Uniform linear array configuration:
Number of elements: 4
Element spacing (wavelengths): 0.75
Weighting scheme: blackman
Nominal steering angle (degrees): -45
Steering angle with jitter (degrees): -46.493
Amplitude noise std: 0.05
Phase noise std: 0.05

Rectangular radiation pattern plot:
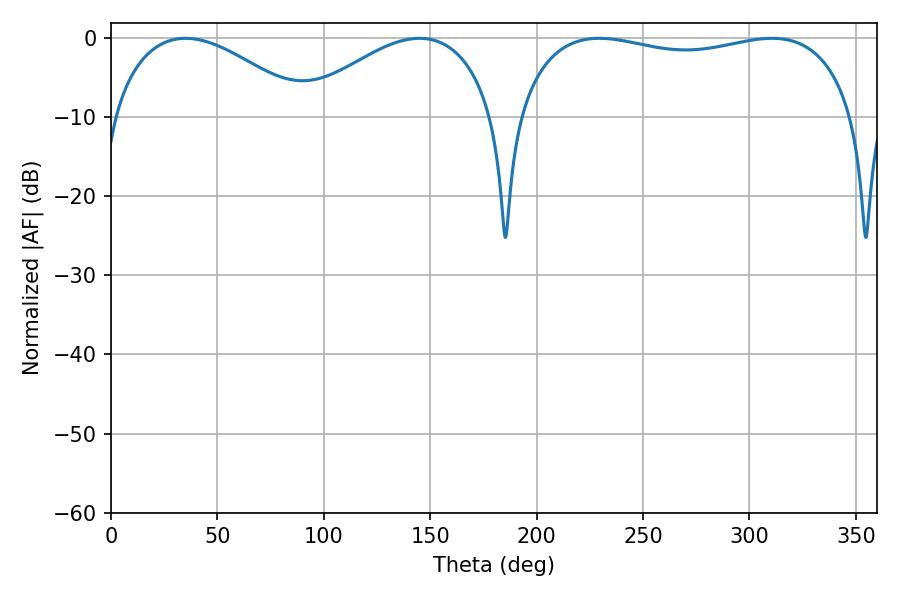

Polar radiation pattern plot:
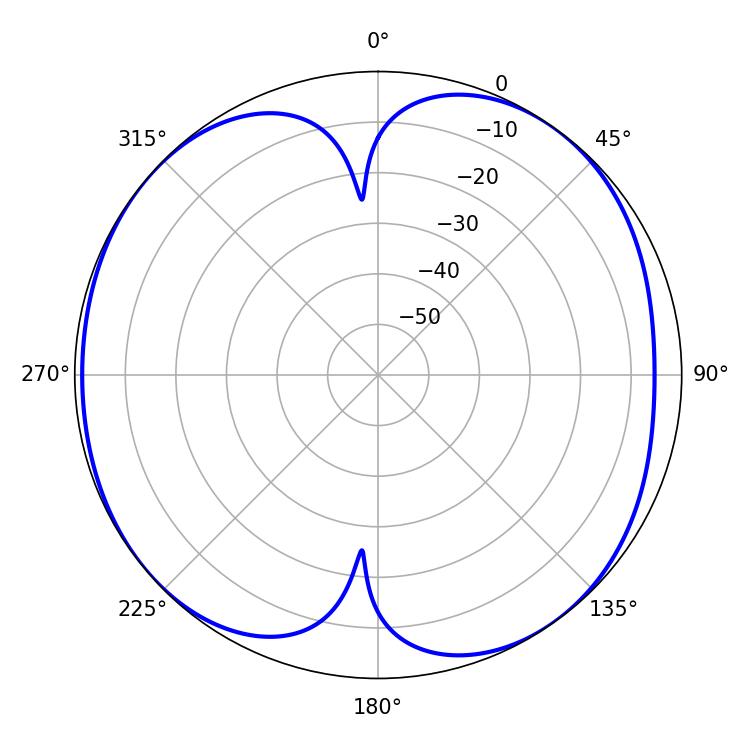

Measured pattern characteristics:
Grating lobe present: TRUE
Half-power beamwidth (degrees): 129.6
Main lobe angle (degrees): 229.5